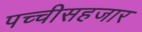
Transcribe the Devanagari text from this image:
पच्चीसहजार